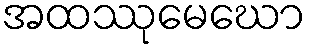
အထဿုမေဃော